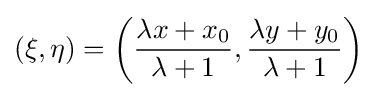
(\xi ,\eta )={\bigg (}{\frac {\lambda x+x_{0}}{\lambda +1}},{\frac {\lambda y+y_{0}}{\lambda +1}}{\bigg )}